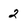
Character: 2